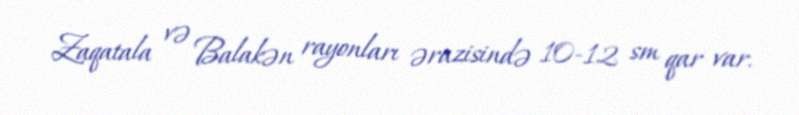
Zaqatala və Balakən rayonları ərazisində 10-12 sm qar var.